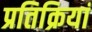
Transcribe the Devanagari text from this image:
प्रतिक्रियां